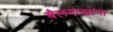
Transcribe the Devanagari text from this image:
बैलगाड्यांना